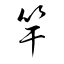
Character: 竿